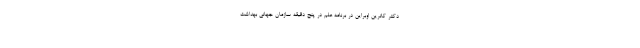
دکتر کاترین اوبراین در برنامه علم در پنج دقیقه سازمان جهانی بهداشت